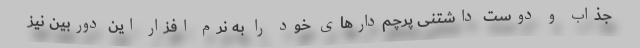
جذاب و دوست داشتنی پرچم‌دارهای خود را به نرم افزار این دوربین نیز